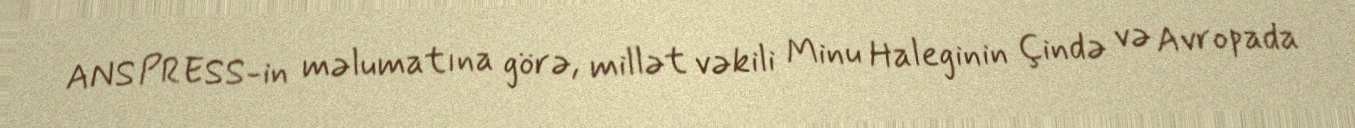
ANS PRESS-in məlumatına görə, millət vəkili Minu Haleginin Çində və Avropada